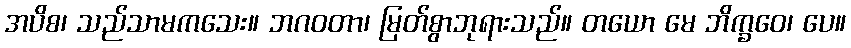
အပိစ၊ သည်သာမကသေး။ ဘဂဝတာ၊ မြတ်စွာဘုရားသည်။ တယော မေ ဘိက္ခဝေ၊ ပေ။